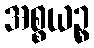
အစ္စယဉ္စ